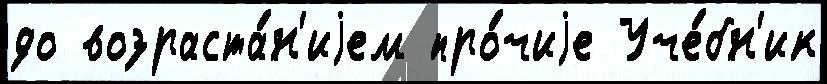
до возраста́н'иjем про́чиjе Уче́бн'ик